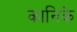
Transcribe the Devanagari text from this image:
कानिके